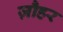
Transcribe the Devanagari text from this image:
ज़ौहर